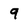
Character: 9